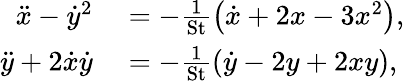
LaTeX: \begin{array}{rl}{\ddot{x}-\dot{y}^{2}}&{{}=-\frac{1}{\mathrm{St}}\left(\dot{x}+2x-3x^{2}\right),}\\ {\ddot{y}+2\dot{x}\dot{y}}&{{}=-\frac{1}{\mathrm{St}}\left(\dot{y}-2y+2xy\right),}\end{array}